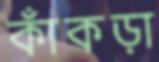
কাঁকড়া